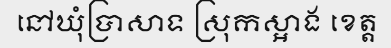
នៅឃុំប្រាសាទ ស្រុកស្អាង ខេត្ត